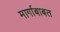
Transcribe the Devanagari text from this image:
मार्गाबाबत